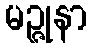
မဉ္ဇုနာ